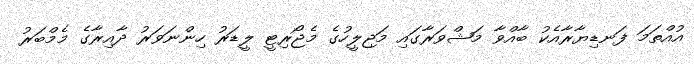
އުއްތަމަ ފަނޑިޔާރާއެކު ބާއްވާ މަޝްވަރާގައި މަޖިލީހުގެ މެޖޯރިޓީ ލީޑަރު ހިންނަވަރު ދާއިރާގެ މެމްބަރު